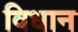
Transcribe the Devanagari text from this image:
विधान